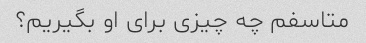
متاسفم چه چیزی برای او بگیریم؟